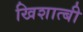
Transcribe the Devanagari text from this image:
खिशात्बी